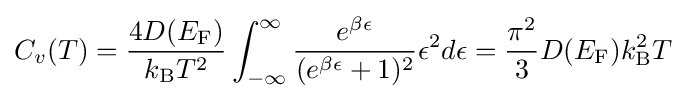
C_{v}(T)={\frac {4D(E_{\rm {F}})}{k_{\rm {B}}T^{2}}}\int _{-\infty }^{\infty }{\frac {e^{\beta \epsilon }}{(e^{\beta \epsilon }+1)^{2}}}\epsilon ^{2}d\epsilon ={\frac {\pi ^{2}}{3}}D(E_{\rm {F}})k_{\rm {B}}^{2}T